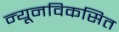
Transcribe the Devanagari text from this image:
न्यूनविकसित